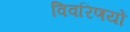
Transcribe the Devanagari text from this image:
विवरिणयों